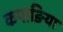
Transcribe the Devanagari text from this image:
कपाङिया